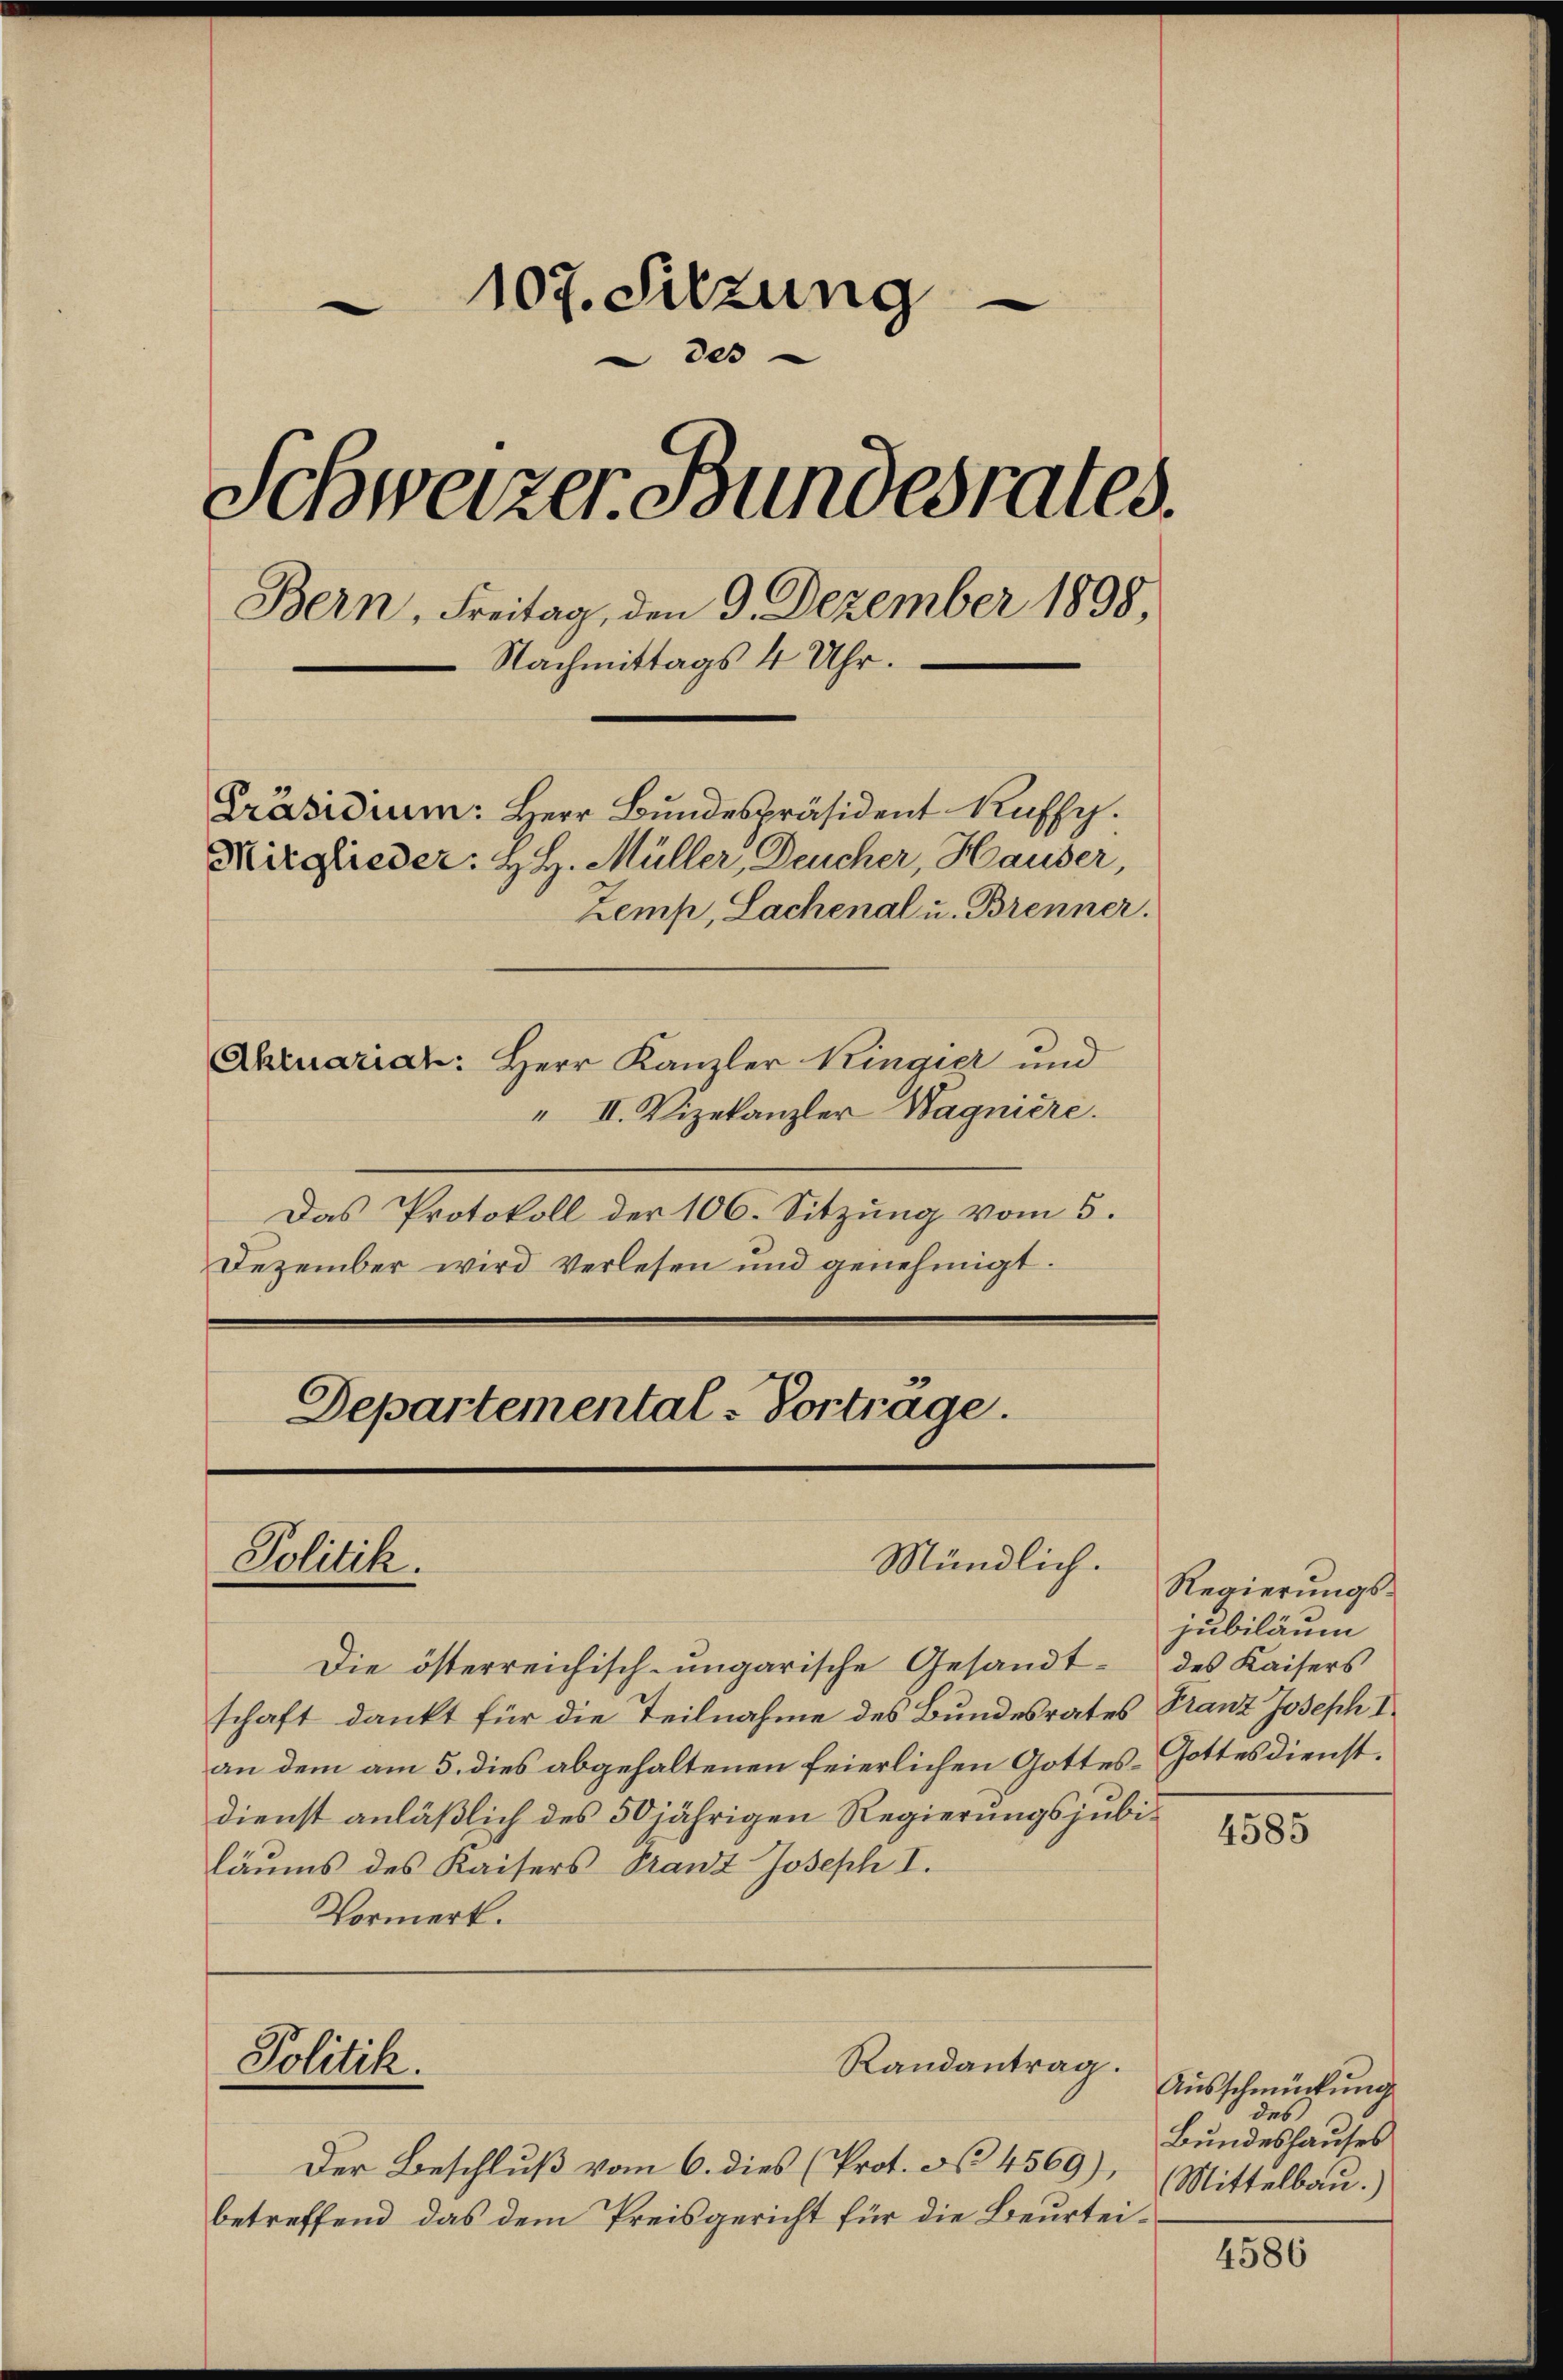
107. Sitzung
des
Schweizer Bundesrates.
Bern, Freitag, den 9. Dezember 1898.
 Nachmittags 4 Uhr.
Präsidium: Herr Bundespräsident Ruffy.
Mirglieder: H. H. Müller, Deucher, Hauser,
Zemp, Lachenal u. Brenner.
Ahruariat: Herr Kanzler Kingier und

" II. Vizekanzler Wagniere.
Das Protokoll der 106. Sitzung vom 5.
Dezember wird verlesen und genehmigt.

Departemental-Vortrage.

Politik.

Politik.

Mündlich.

Die österreichisch-ungarische Gesandt- des Kaisers
schaft dankt für die Teilnahme des Bundesrates Franz Joseph I
an dem am 5. dies abgehaltenen feierlichen Gottes-Gottesdienstdienst anläßlich des 50jährigen Regierungsjubiläums des Kaisers Franz Joseph I.
Vormerk.

Randantrag.

Der Beschluß vom 6. dies (Prot. No. 4569),
betreffend das dem Preisgericht für die Beurtei¬

Regierungsjubiläum

4585

Ausschmückung
des
Bundeshauses
Mittelbau.)

4586